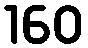
160